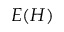
E ( H )